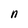
Character: n